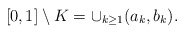
\begin{align*}[0,1]\setminus K=\cup_{k\geq 1}(a_k,b_k). \end{align*}